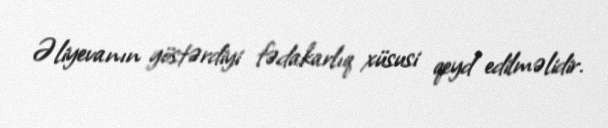
Əliyevanın göstərdiyi fədakarlıq xüsusi qeyd edilməlidir.